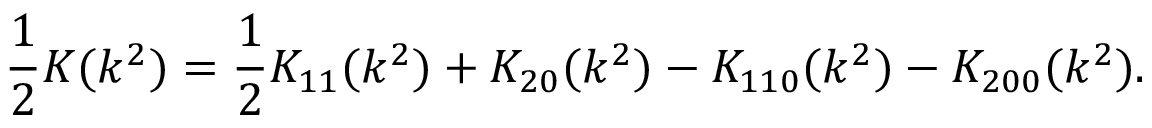
\frac { 1 } { 2 } K ( k ^ { 2 } ) = \frac { 1 } { 2 } K _ { 1 1 } ( k ^ { 2 } ) + K _ { 2 0 } ( k ^ { 2 } ) - K _ { 1 1 0 } ( k ^ { 2 } ) - K _ { 2 0 0 } ( k ^ { 2 } ) .